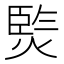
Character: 𭵧